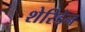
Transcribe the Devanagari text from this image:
शेरिडेन